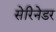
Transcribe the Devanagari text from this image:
सेरिनेडर